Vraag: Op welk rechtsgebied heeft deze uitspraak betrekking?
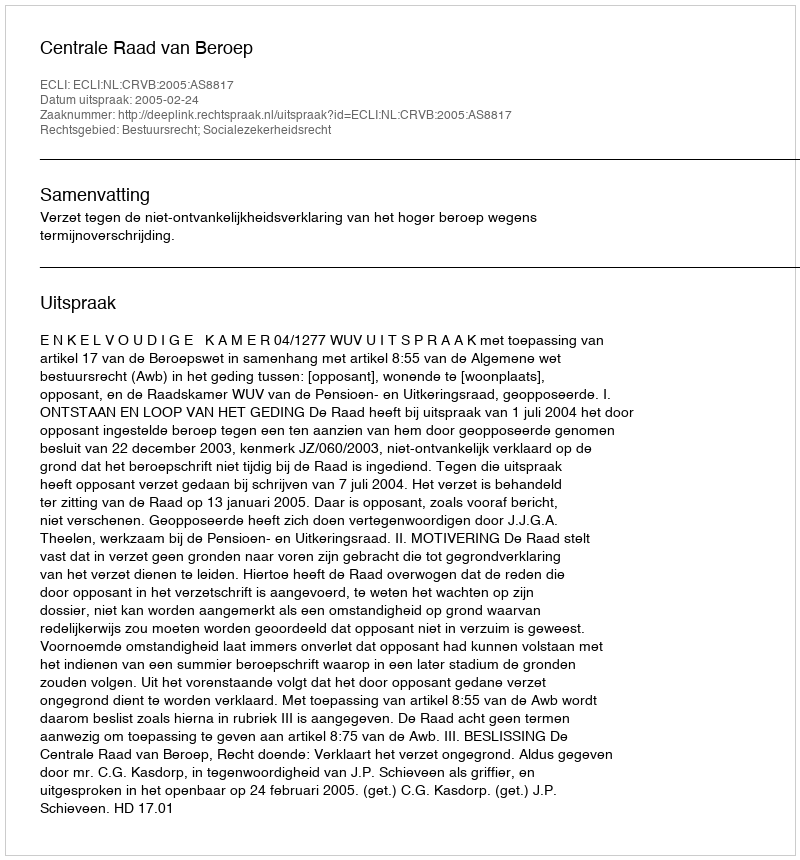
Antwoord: Bestuursrecht; Socialezekerheidsrecht